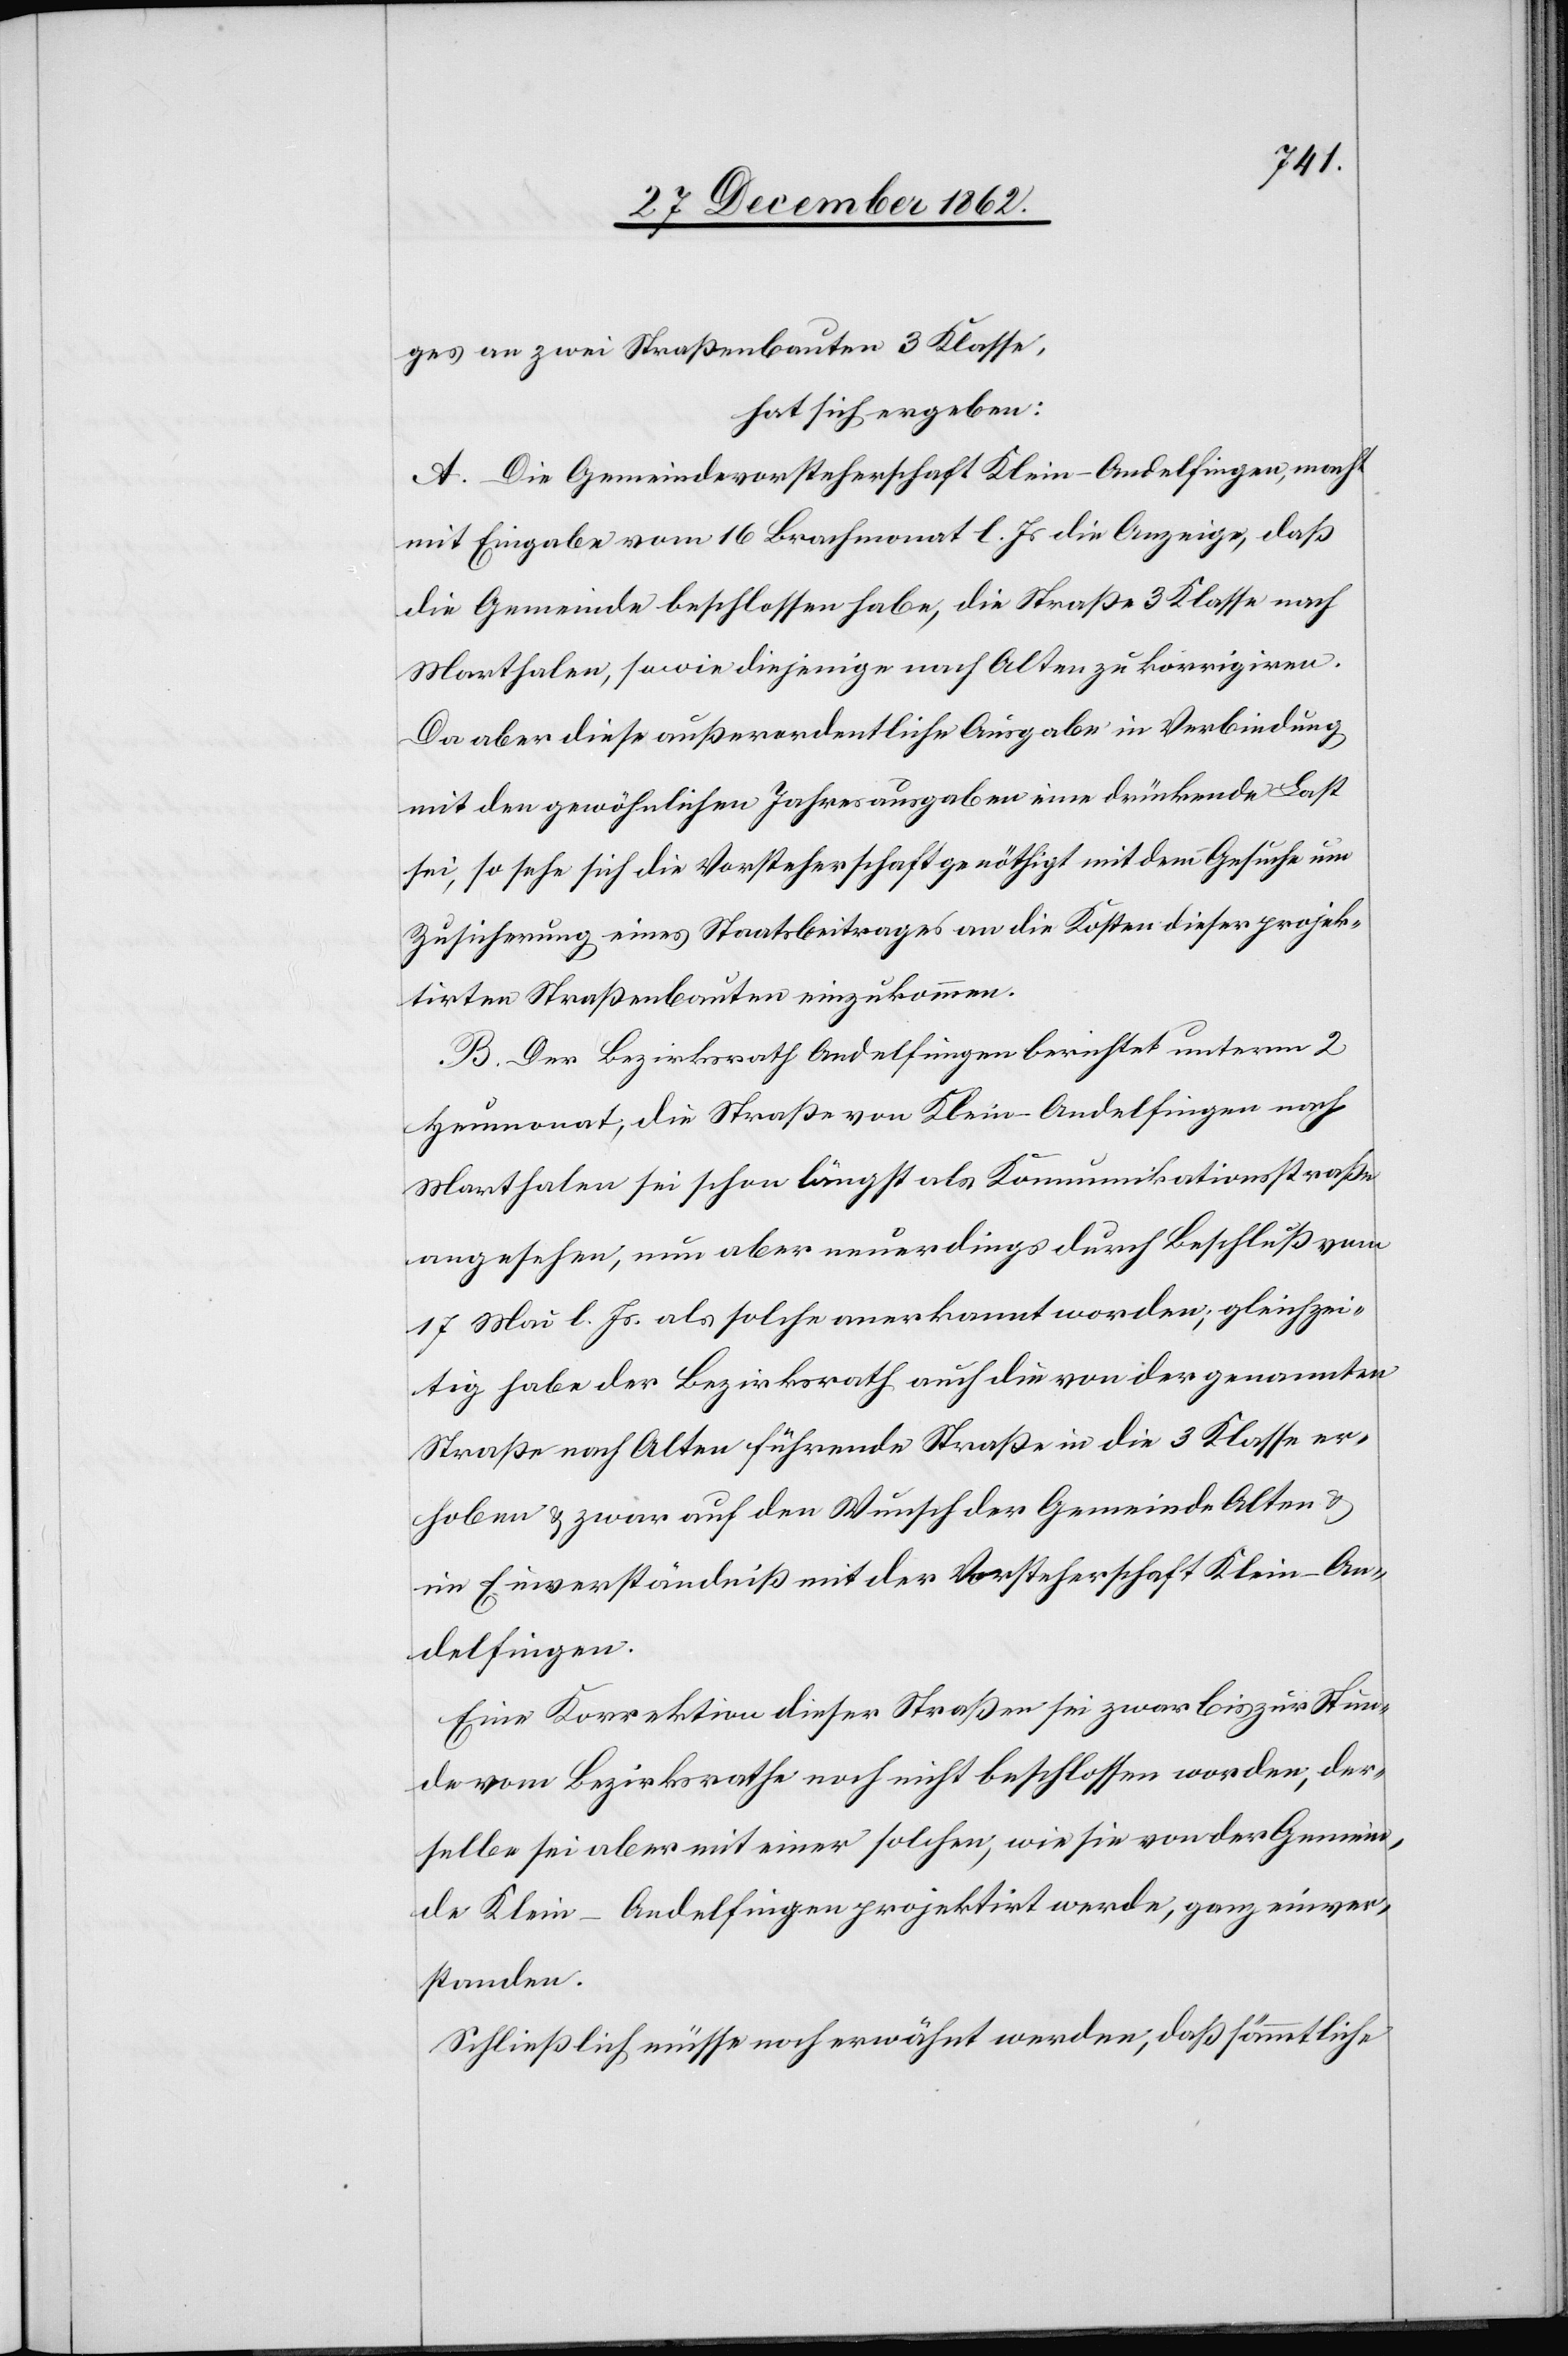
ges an zwei Straßenbauten 3. Klasse,
hat sich ergeben:
a. Die Gemeindevorsteherschaft Klein-Andelfingen, macht
mit Eingabe vom 16. Brachmonat l. Js. die Anzeige, daß
die Gemeinde beschlossen habe, die Straße 3. Klasse nach
Marthalen, sowie diejenige nach Alten zu korrigiren.
Da aber diese außerordentliche Ausgabe in Verbindung
mit den gewöhnlichen Jahresausgaben eine drückende Last
sei, so sehe sich die Vorsteherschaft genöthigt mit dem Gesuche um
Zusicherung eines Staatsbeitrages an die Kosten dieser projek¬
tirten Straßenbauten einzukommen.
B. Der Bezirksrath Andelfingen berichtet unterm 2.
Heumonat, die Straße von Klein Andelfingen nach
Marthalen sei schon längst als Kommunikationsstraße
angesehen, um aber neuerdings durch Beschluß vom
17. Mai l. Js. als solche anerkannt worden; gleichzei¬
tig habe der Bezirksrath auch die von der genannten
Straße nach Alten führende Straße in die 3. Klasse er¬
hoben u. zwar auf den Wunsch der Gemeinde Alten u.
im Einverständniß mit der Vorsteherschaft Klein-An¬
delfingen.
Eine Korrektion dieser Straßen sei zwar bis zur Stun¬
de vom Bezirksrathe noch nicht beschlossen worden, der¬
selbe sei aber mit einer solchen, wie sie von der Gemein¬
de Klein-Andelfingen projektirt werde, ganz einver¬
standen.
Schließlich müsse noch erwähnt werde, daß sämmtliche